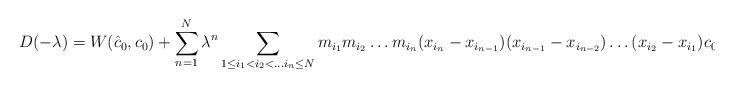
LaTeX: \begin{align*}D(-\lambda)=W(\hat c_0,c_0)+\sum_{n=1} ^N\lambda^n \sum_{1\leq i_1<i_2<\dots i_n \leq N} m_{i_1}m_{i_2}\dots m_{i_n} (x_{i_n}-x_{i_{n-1}})(x_{i_{n-1}}-x_{i_{n-2}})\dots (x_{i_2}-x_{i_1}) c_0(x_{i_1})\hat c_0(x_{i_n}), \end{align*}